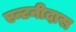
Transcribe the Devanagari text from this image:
एन्टनीदास